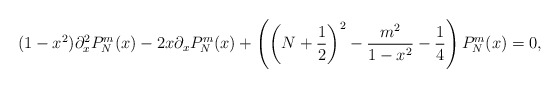
\begin{align*} (1-x^2)\partial_x^2P^m_N(x) - 2x\partial_xP^m_N(x) + \left( \left(N + \frac{1}{2}\right)^2 - \frac{m^2}{1-x^2} - \frac{1}{4} \right) P^m_N(x) = 0,\end{align*}